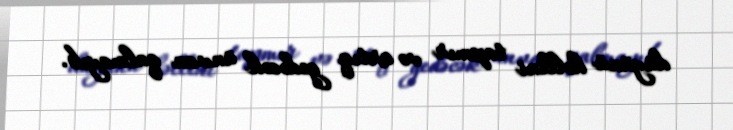
düyünü həllini tapmır və artıq gedəcək ünvan qalmayıb.